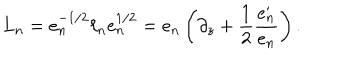
L _ { n } = e _ { n } ^ { - 1 / 2 } \ell _ { n } e _ { n } ^ { 1 / 2 } = e _ { n } \left( \partial _ { z } + { \frac { 1 } { 2 } } { \frac { e _ { n } ^ { \prime } } { e _ { n } } } \right) .